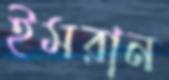
ইমরান